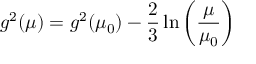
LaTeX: g ^ { 2 } ( \mu ) = g ^ { 2 } ( \mu _ { 0 } ) - { \frac { 2 } { 3 } } \ln \left( { \frac { \mu } { \mu _ { 0 } } } \right)